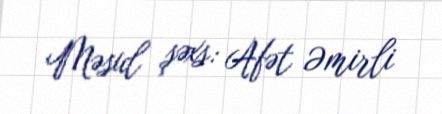
Məsul şəxs: Afət Əmirli